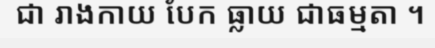
ជា រាងកាយ បែក ធ្លាយ ជាធម្មតា ។